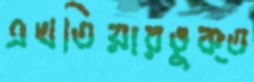
এখতিয়ারভুক্ত